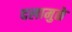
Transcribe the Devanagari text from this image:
दलामुळे